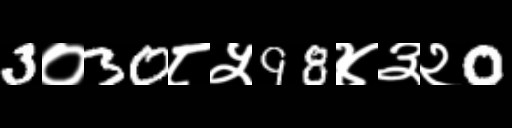
Text: 3०30८५98४३२0